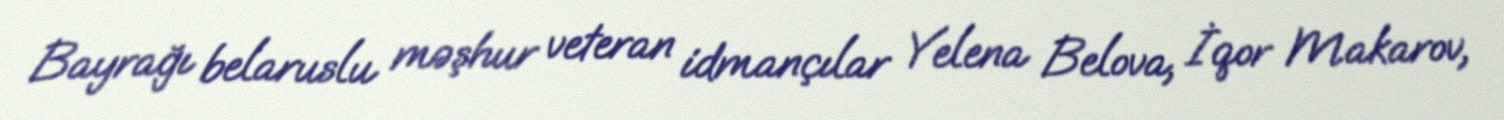
Bayrağı belaruslu məşhur veteran idmançılar Yelena Belova, İqor Makarov,